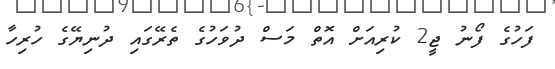
ފަހުގެ ފޯނު ޖީ2 ކުރިއަށް އޮތް މަސް ދުވަހުގެ ތެރޭގައި ދުނިޔޭގެ ހުރިހާ